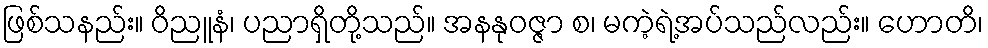
ဖြစ်သနည်း။ ဝိညူနံ၊ ပညာရှိတို့သည်။ အနနုဝဇ္ဇာ စ၊ မကဲ့ရဲ့အပ်သည်လည်း။ ဟောတိ၊